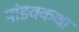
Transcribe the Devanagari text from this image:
पांडवकथा